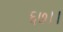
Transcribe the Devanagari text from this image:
६७।।